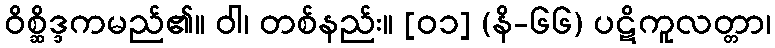
ဝိစ္ဆိဒ္ဒကမည်၏။ ဝါ၊ တစ်နည်း။ [၀၁] (နိ-၆၆) ပဋိကူလတ္တာ၊